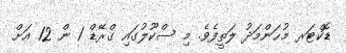
ޑޮކްޓަރ މުޙަންމަދު ލަތީފެވެ. މި ސްކޫލުގައި ގްރޭޑް 1 ން 12 އަށް